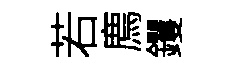
若廌钁